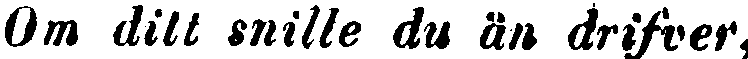
Om ditt snille du än drifver,